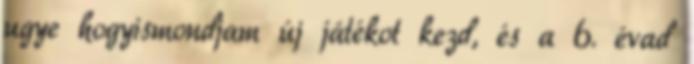
ugye hogyismondjam új játékot kezd, és a 6. évad